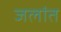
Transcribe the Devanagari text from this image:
जलांत